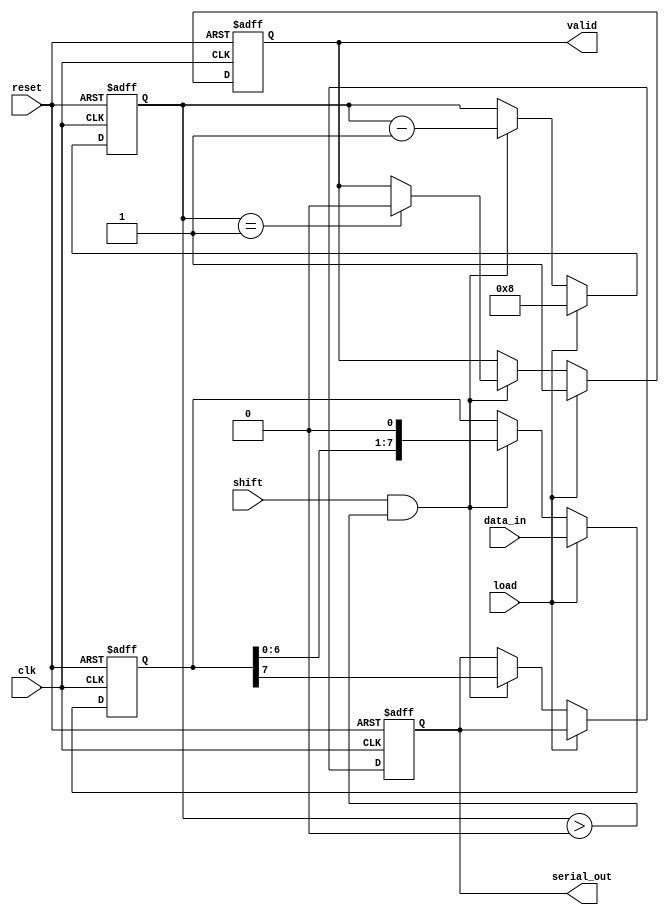
module PISO_Register #(
    parameter N = 8  // Number of parallel data inputs (can be changed as needed)
)(
    input wire [N-1:0] data_in,  // Parallel data inputs
    input wire load,              // Load control signal
    input wire shift,             // Shift control signal
    input wire clk,               // Clock signal
    input wire reset,             // Reset signal
    output reg serial_out,        // Serial data output
    output reg valid              // Output valid signal (optional)
);

    reg [N-1:0] shift_reg;        // Shift register to hold the data
    reg [3:0] count;              // Counter to track the number of bits shifted out

    always @(posedge clk or posedge reset) begin
        if (reset) begin
            shift_reg <= 0;        // Clear the shift register on reset
            serial_out <= 0;       // Clear the serial output
            count <= 0;            // Reset the count
            valid <= 0;            // Clear the valid signal
        end else begin
            if (load) begin
                shift_reg <= data_in; // Load parallel data into shift register
                count <= N;            // Set count to the number of bits to shift
                valid <= 1;            // Set valid signal when data is loaded
            end else if (shift && count > 0) begin
                serial_out <= shift_reg[N-1]; // Output the MSB of the shift register
                shift_reg <= {shift_reg[N-2:0], 1'b0}; // Shift left
                count <= count - 1;   // Decrement the count
                if (count == 1) begin
                    valid <= 0;        // Clear valid signal after last bit is shifted out
                end
            end
        end
    end

endmodule